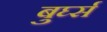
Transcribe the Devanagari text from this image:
बुर्घ्स